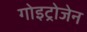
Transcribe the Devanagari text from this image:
गोइट्रोजेन